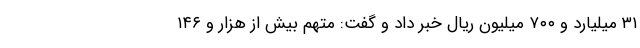
۳۱ میلیارد و ۷۰۰ میلیون ریال خبر داد و گفت: متهم بیش از هزار و ۱۴۶